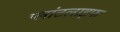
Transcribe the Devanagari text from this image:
प्लांटलाइफ